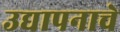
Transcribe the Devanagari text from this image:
उद्यापनाचे